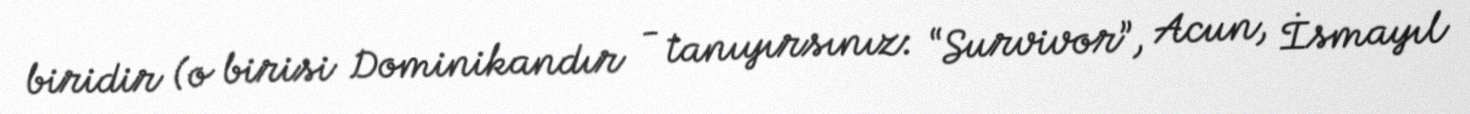
biridir (o birisi Dominikandır - tanıyırsınız: “Survivor”, Acun, İsmayıl